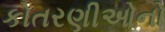
કોતરણીઓનો